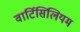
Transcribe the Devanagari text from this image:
वार्टिसिलियम